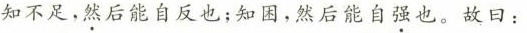
知不足，然后能自反也；知困，然后能自强也。故曰：